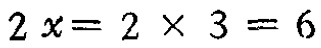
\(2x = 2\times3 = 6\)